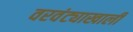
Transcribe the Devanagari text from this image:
वरवंट्याखाली